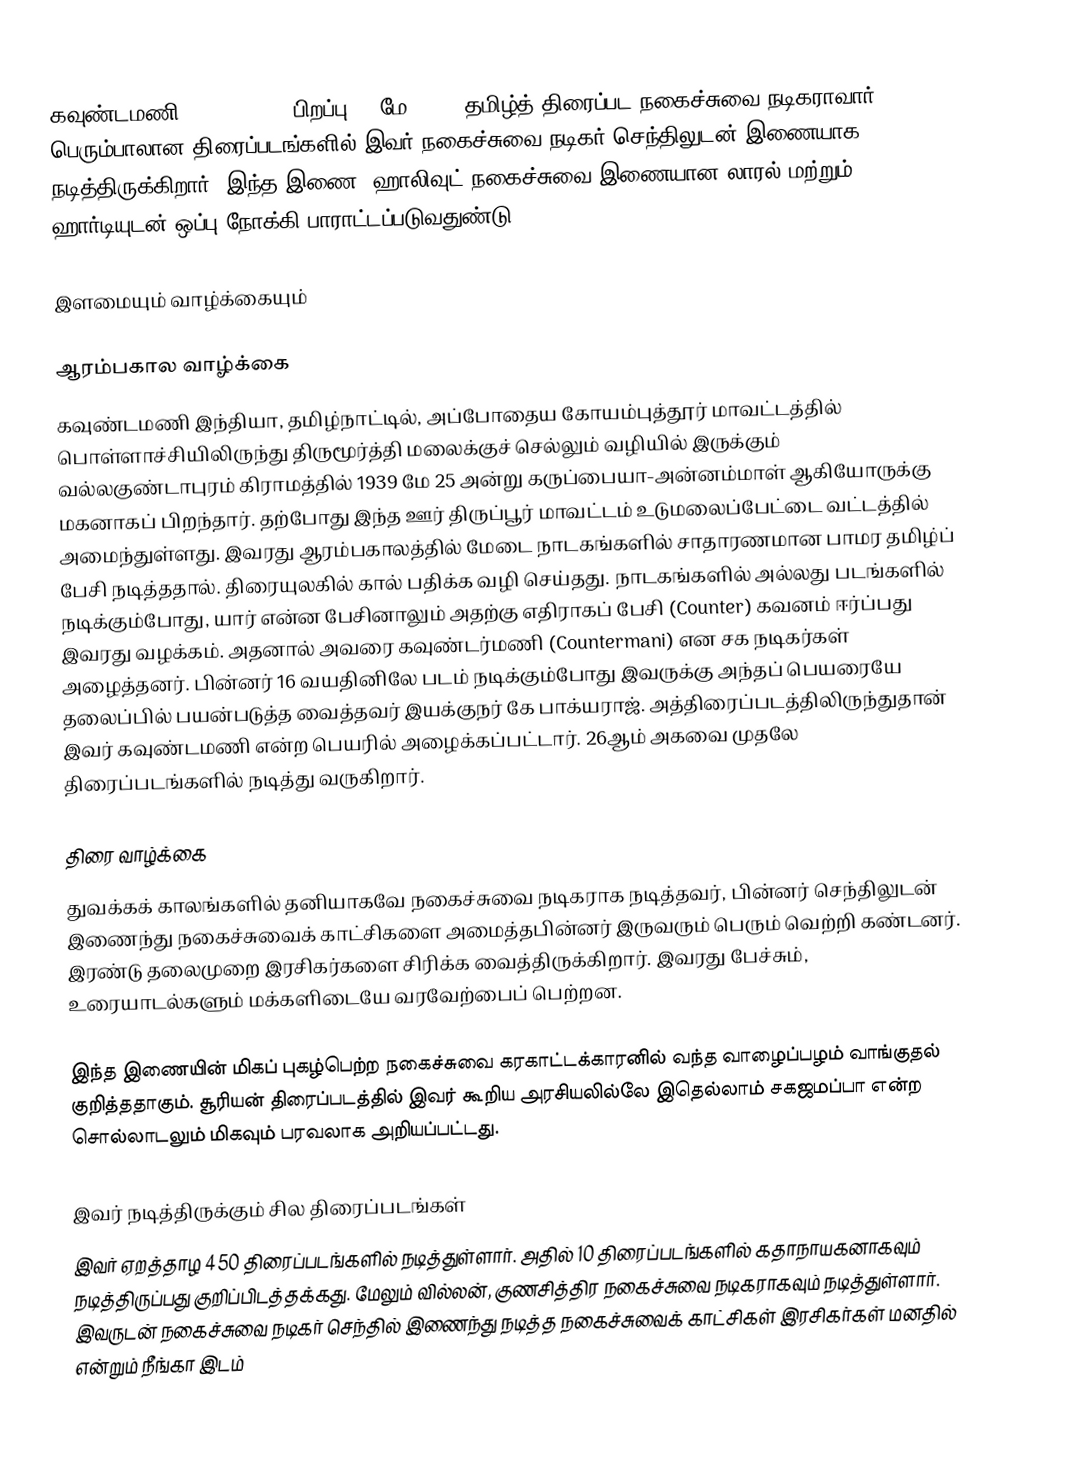
கவுண்டமணி (Goundamani, பிறப்பு:25 மே 1939) தமிழ்த் திரைப்பட நகைச்சுவை நடிகராவார். பெரும்பாலான திரைப்படங்களில் இவர் நகைச்சுவை நடிகர் செந்திலுடன் இணையாக நடித்திருக்கிறார். இந்த இணை, ஹாலிவுட் நகைச்சுவை இணையான லாரல் மற்றும் ஹார்டியுடன் ஒப்பு நோக்கி பாராட்டப்படுவதுண்டு.

இளமையும் வாழ்க்கையும்

ஆரம்பகால வாழ்க்கை
கவுண்டமணி இந்தியா, தமிழ்நாட்டில், அப்போதைய கோயம்புத்தூர் மாவட்டத்தில் பொள்ளாச்சியிலிருந்து திருமூர்த்தி மலைக்குச் செல்லும் வழியில் இருக்கும் வல்லகுண்டாபுரம் கிராமத்தில் 1939 மே 25 அன்று கருப்பையா-அன்னம்மாள் ஆகியோருக்கு மகனாகப் பிறந்தார். தற்போது இந்த ஊர் திருப்பூர் மாவட்டம்  உடுமலைப்பேட்டை வட்டத்தில் அமைந்துள்ளது. இவரது ஆரம்பகாலத்தில் மேடை நாடகங்களில் சாதாரணமான பாமர தமிழ்ப் பேசி நடித்ததால். திரையுலகில் கால் பதிக்க வழி செய்தது. நாடகங்களில் அல்லது படங்களில் நடிக்கும்போது, யார் என்ன பேசினாலும் அதற்கு எதிராகப் பேசி (Counter) கவனம் ஈர்ப்பது இவரது வழக்கம். அதனால் அவரை கவுண்டர்மணி (Countermani) என சக நடிகர்கள் அழைத்தனர். பின்னர் 16 வயதினிலே படம் நடிக்கும்போது இவருக்கு அந்தப் பெயரையே தலைப்பில் பயன்படுத்த வைத்தவர் இயக்குநர் கே பாக்யராஜ். அத்திரைப்படத்திலிருந்துதான் இவர் கவுண்டமணி என்ற பெயரில் அழைக்கப்பட்டார். 26ஆம் அகவை முதலே திரைப்படங்களில் நடித்து வருகிறார்.

திரை வாழ்க்கை
துவக்கக் காலங்களில் தனியாகவே நகைச்சுவை நடிகராக நடித்தவர், பின்னர் செந்திலுடன் இணைந்து நகைச்சுவைக் காட்சிகளை அமைத்தபின்னர் இருவரும் பெரும் வெற்றி கண்டனர். இரண்டு தலைமுறை இரசிகர்களை சிரிக்க வைத்திருக்கிறார். இவரது பேச்சும், உரையாடல்களும் மக்களிடையே வரவேற்பைப் பெற்றன.

இந்த இணையின் மிகப் புகழ்பெற்ற நகைச்சுவை கரகாட்டக்காரனில் வந்த வாழைப்பழம் வாங்குதல் குறித்ததாகும். சூரியன் திரைப்படத்தில் இவர் கூறிய அரசியலில்லே இதெல்லாம் சகஜமப்பா என்ற சொல்லாடலும் மிகவும் பரவலாக அறியப்பட்டது.

இவர் நடித்திருக்கும் சில திரைப்படங்கள்
இவர் ஏறத்தாழ 450 திரைப்படங்களில் நடித்துள்ளார். அதில் 10 திரைப்படங்களில் கதாநாயகனாகவும் நடித்திருப்பது குறிப்பிடத்தக்கது. மேலும் வில்லன், குணசித்திர நகைச்சுவை நடிகராகவும் நடித்துள்ளார். இவருடன் நகைச்சுவை நடிகர் செந்தில் இணைந்து நடித்த நகைச்சுவைக் காட்சிகள் இரசிகர்கள் மனதில் என்றும் நீங்கா இடம்